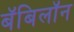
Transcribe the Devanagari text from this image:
बॅबिलॉन